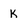
Character: k